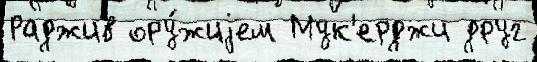
Раджив ору́жиjем Мук'ерджи друг